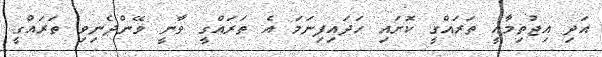
އަދި އިޖުތިމާއީ ތަރައްގީ ކޮށައި ހަދައިފިނަމަ އެ ތަރައްގީ ވާނީ ވޭންދެނިވި ތަރައްގީ